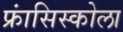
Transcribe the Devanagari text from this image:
फ्रांसिस्कोला